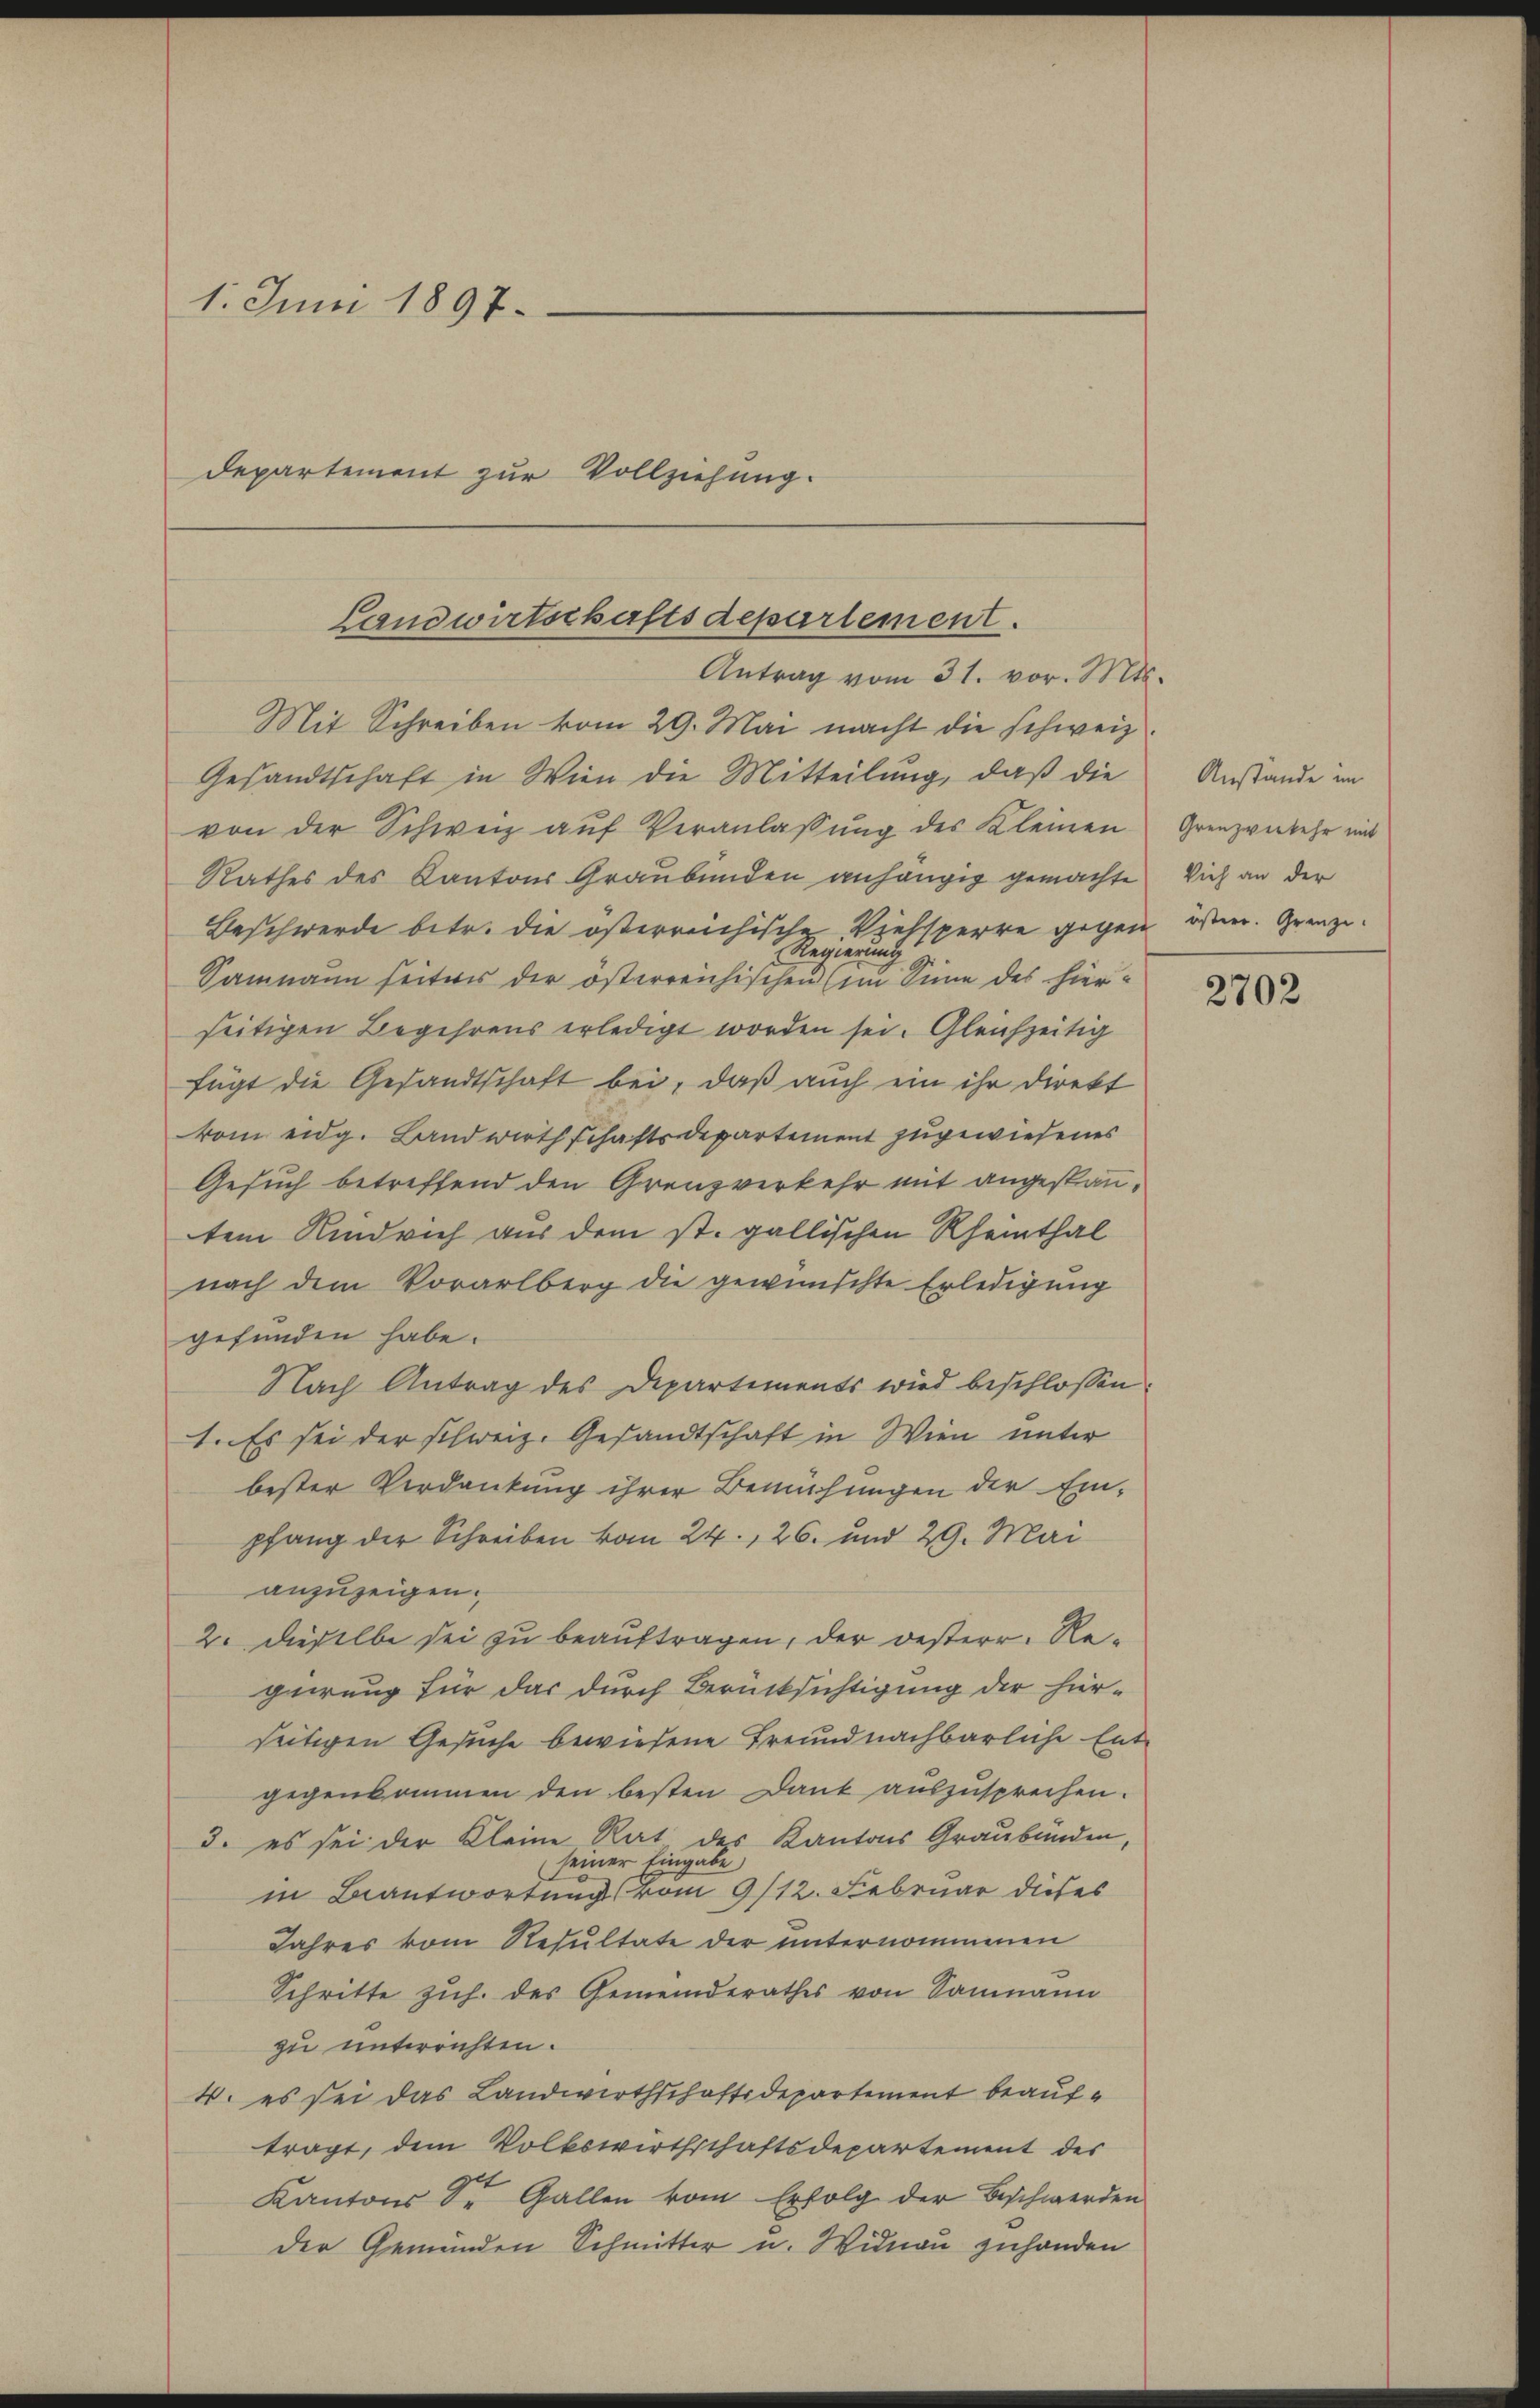
1. Juni 1897.
Departement zur Vollziehung.

Landwirtschaftsdepartement.
Antrag vom 31. vor. Mts.

Mit Schreiben vom 29. Mai macht die schweiz.
Gesandtschaft in Wien die Mitteilung, daß die
von der Schweiz auf Veranlassung des Kleinen
Rathes des Kantons Graubünden anhängig gemachte
Beschwerde betr. die österreichische Viehsperre gegen
Regierung
Samann seitens der österreichischen (ein Sinne des hierseitigen Begehrens erledigt worden sei. Gleichzeitig
fügt die Gesandtschaft bei, daß auch ein ihr direkt
vom eidg. Landwirthschaftsdepartement zugewiesenes
Gesuch betreffend den Grenzverkehr mit angestantem Rindvieh aus dem st. gallischen Rheinthal
nach dem Vorarlberg die gewünschte Erledigung
gefunden habe.
Nach Antrag des Departements wird beschlossen
1. Es sei der schweiz. Gesandtschaft in Wien unter
bester Verdankung ihrer Bemühungen der Ein-
pfang der Schreiben vom 24., 26. und 29. Mai
anzuzeigen.
2. dieselbe sei zu beauftragen, der oesterr. Regerung für das durch Berücksichtigung der hier-
seitigen Gesuche bewiesene Freundnachbarliche Entgegenkommen den besten Dank auszusprechen.
3. es sei der Kleine Rat des Kantons Graubünden,
seiner Eingabe
in Beantwortung vom 9/12. Februar dieses
Jahres vom Resultate der unternommenen
Schritte zuh. des Gemeinderathes von Saumann
zu unterrichten.
4. es sei das Landwirthschaftsdepartement beauftragt, dem Volkswirthschaftsdepartement des
Kantons Sr. Gallen vom Erfolg der Beschwerden
der Gemeinden Schmitter u. Widnau zuhanden

Anstande im
Grenzverkehr mit
Vieh an der
österr. Grenze.

2702